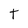
Character: t